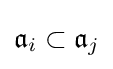
{\mathfrak {a}}_{i}\subset {\mathfrak {a}}_{j}